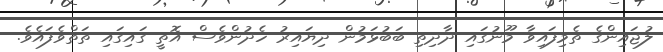
ލުޖައިންގެ ތެމިފައިވާ މޫނުގައި ދާދިތި ބަބުޅަމުން ދިޔައިރު ހެދުންވެސް އޮތީ ގައިގައި ތަތްވެފައެވެ.